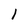
Character: 1